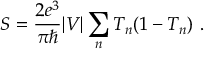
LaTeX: S = { \frac { 2 e ^ { 3 } } { \pi \hbar } } \vert V \vert \sum _ { n } T _ { n } ( 1 - T _ { n } ) \ .